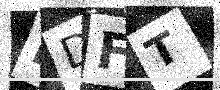
Text: NDFT